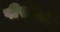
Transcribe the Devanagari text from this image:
पीसीची